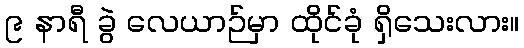
၉ နာရီ ခွဲ လေယာဉ်မှာ ထိုင်ခုံ ရှိသေးလား။